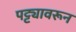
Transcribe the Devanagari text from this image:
पट्ट्यावरून